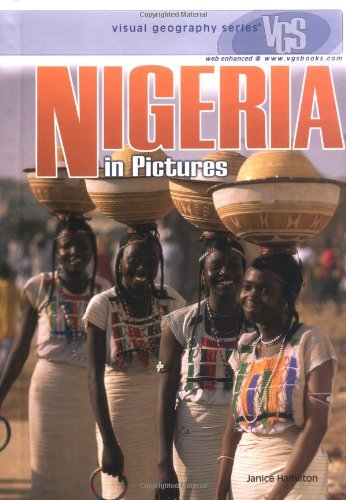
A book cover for Nigeria in Pictures (Visual Geography. Second Series); Janice Hamilton; History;